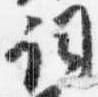
詞